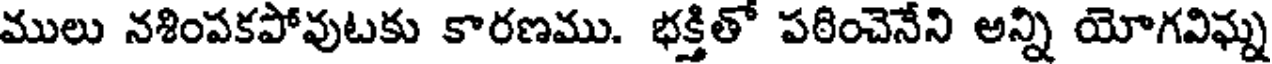
ములు నశింపకపోవుటకు కారణము. భక్తితో పఠించెనేని అన్ని యోగవిఘ్న